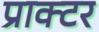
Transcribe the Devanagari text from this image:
प्राक्टर